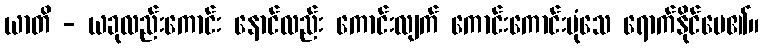
ယာတိ - ယခုလည်းကောင်း နောင်လည်း ကောင်းလျက် ကောင်းကောင်းပုံသေ ရောက်နိုင်ပေ၏။